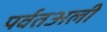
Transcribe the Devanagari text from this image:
पर्वतअली